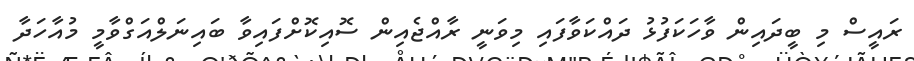
ރައީސް މި ބީދައިން ވާހަކަފުޅު ދައްކަވާފައި މިވަނީ ރާއްޖެއިން ސޮއިކޮށްފައިވާ ބައިނަލްއަގްވާމީ މުއާހަދާ